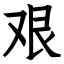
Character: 艰